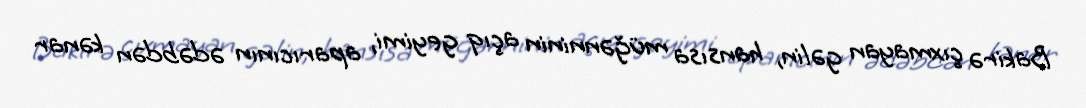
Bakirə çıxmayan gəlin, hansısa müğənninin açıq geyimi, aparıcının ədəbdən kənar